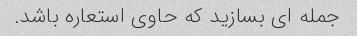
جمله ای بسازید که حاوی استعاره باشد.